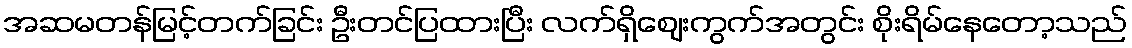
အဆမတန်မြင့်တက်ခြင်း ဦးတင်ပြထားပြီး လက်ရှိဈေးကွက်အတွင်း စိုးရိမ်နေတော့သည်